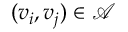
( v _ { i } , v _ { j } ) \in \mathcal { A }